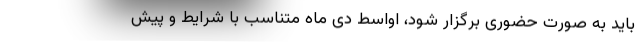
باید به صورت حضوری برگزار شود، اواسط دی ماه متناسب با شرایط و پیش